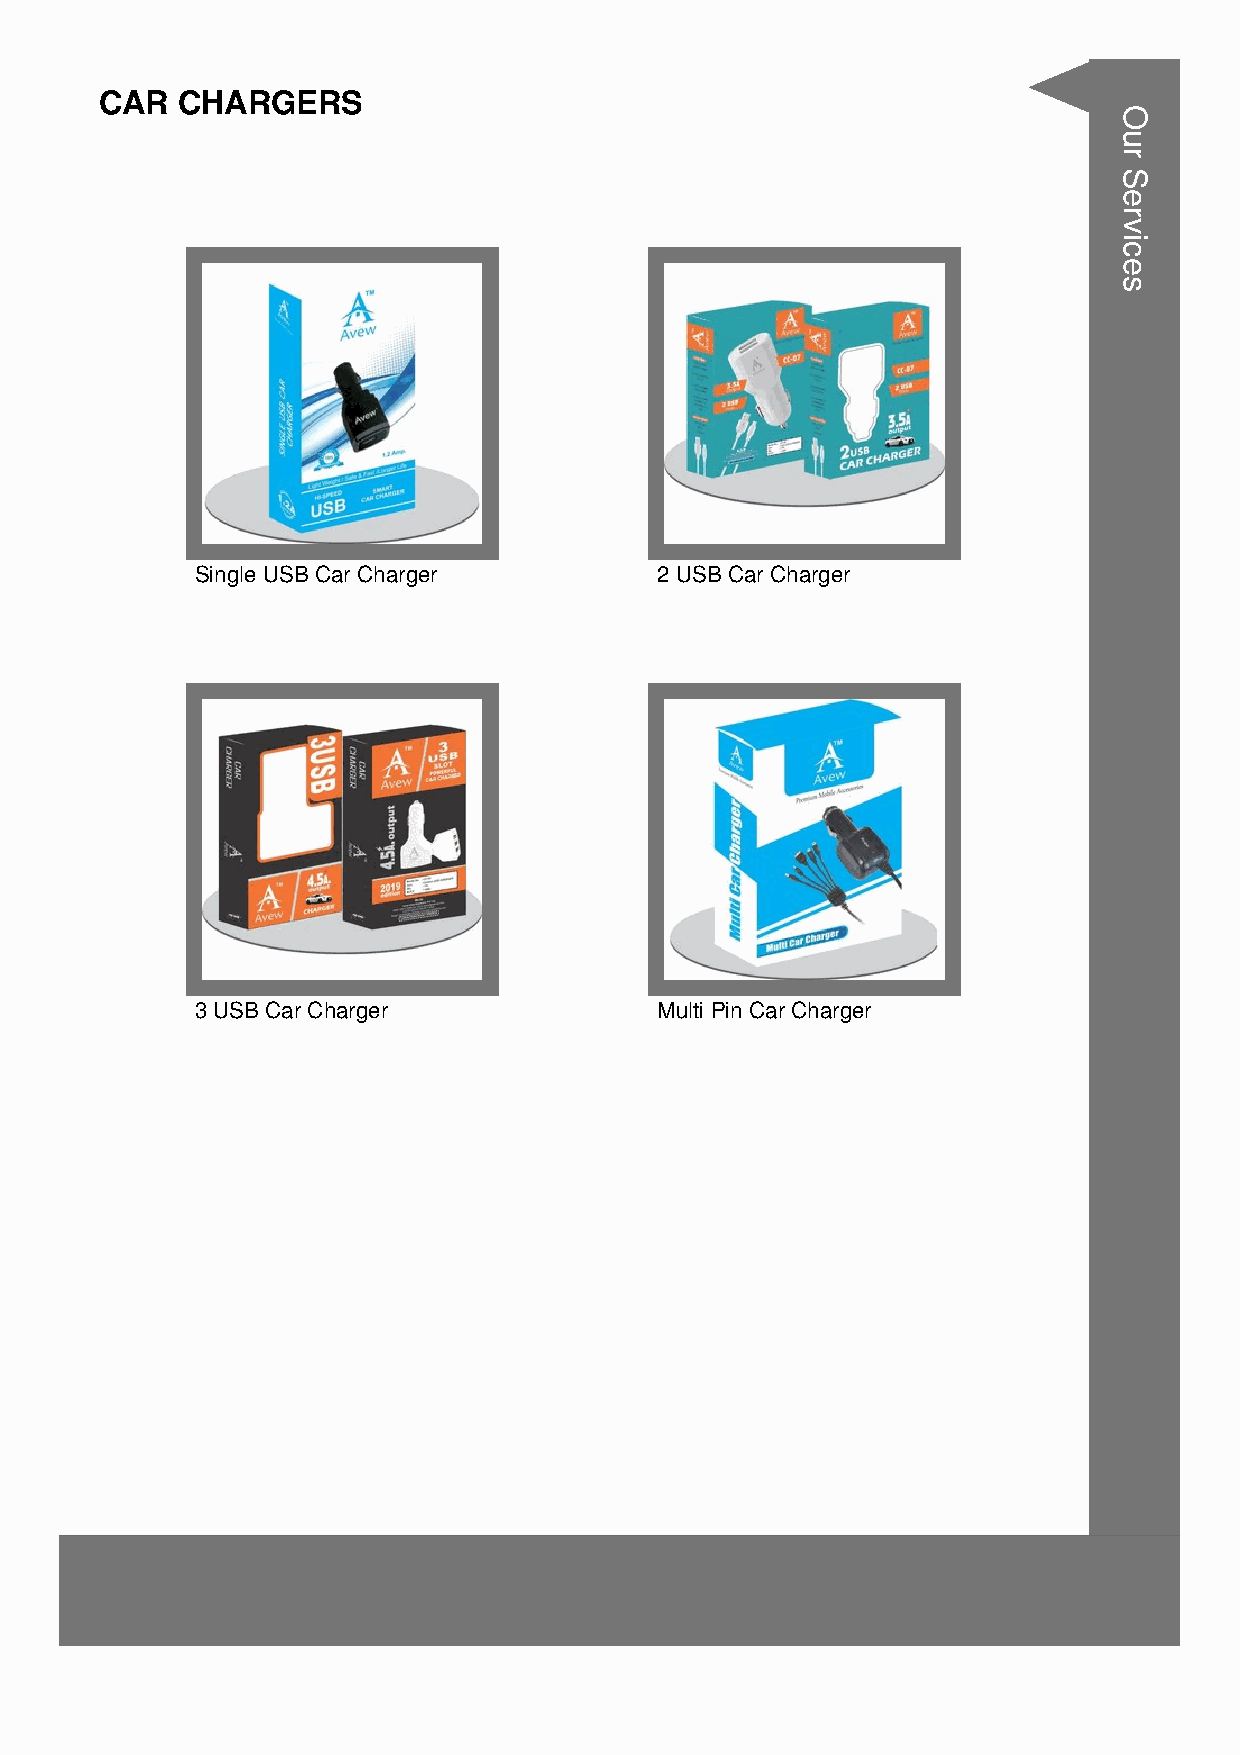
CAR  CHARGERS
 Single USB Car Charger        2 USB Car Charger
 3 USB Car Charger             Multi Pin Car Charger
 Our
 Services